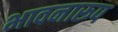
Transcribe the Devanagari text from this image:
भावनारूप